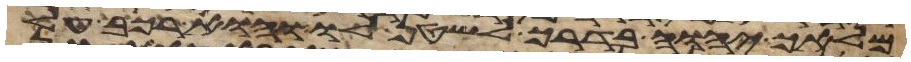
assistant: מלאך יהוה בדרך לשטן לו והוא רכב על